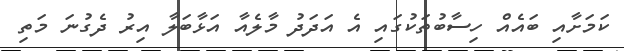
ކަމަށާއި ބައެއް ހިސާބުތަކުގައި އެ އަދަދު މާލެއާ އަޅާބަލާ އިރު ދެގުނަ މަތި